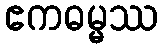
ဧကဓမ္မဿ